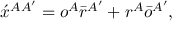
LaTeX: \acute { x } ^ { A A ^ { \prime } } = o ^ { A } \bar { r } ^ { A ^ { \prime } } + r ^ { A } \bar { o } ^ { A ^ { \prime } } ,